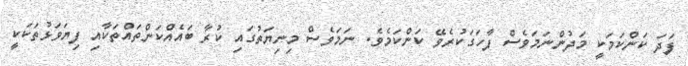
ފަދަ ކަންކަމަކީ މަދުންނަމަވެސް ފާހަގަކުރެވޭ ކަންކަމެވެ. ނަމަވެސް މިނިޔަތުގައި ކުރާ ބައެއްކަންތައްތަކާއި ފިޔަވަޅުތަކަކީ